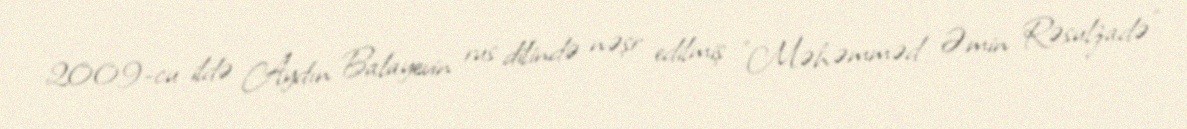
2009-cu ildə Aydın Balayevin rus dilində nəşr edilmiş "Məhəmməd Əmin Rəsulzadə"